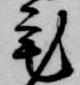
宅